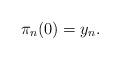
LaTeX: \begin{align*}\pi_n(0)=y_n.\end{align*}